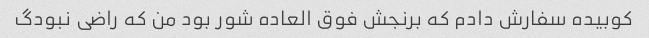
کوبیده سفارش دادم که برنجش فوق العاده شور بود من که راضی نبودگ